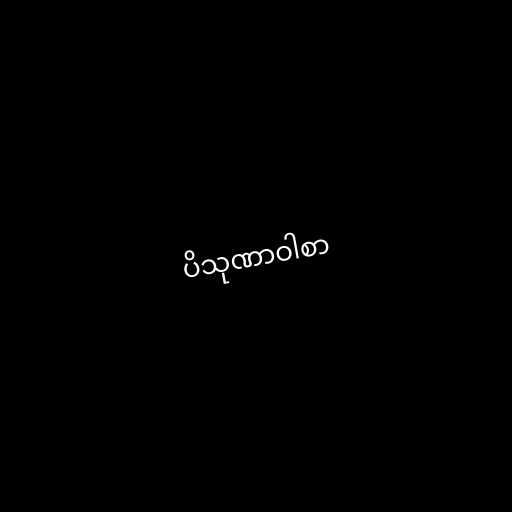
ပိသုဏာဝါစာ